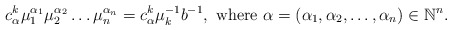
\begin{align*}c_{\alpha}^k \mu_1 ^{\alpha_1} \mu_2 ^{\alpha_2}\dots \mu_ n ^{\alpha_n}=c_{\alpha}^k \mu_k^{-1} b^{-1}, \textrm{ where } \alpha =(\alpha_1, \alpha_2, \dots ,\alpha_n)\in \mathbb{N}^n.\end{align*}